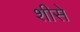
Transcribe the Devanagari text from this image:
शीसे